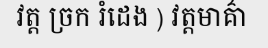
វត្ត ច្រក រំដេង ) វត្តមាគ៌ា